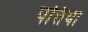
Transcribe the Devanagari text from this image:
पत्तिया